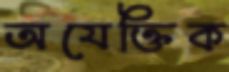
অযেক্তিক